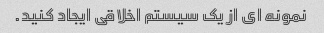
نمونه ای از یک سیستم اخلاقی ایجاد کنید.